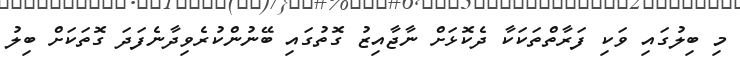
މި ބިލުގައި ވަކި ފަރާތްތަކަކާ ދެކޮޅަށް ނާޖާއިޒު ގޮތުގައި ބޭނުންކުރެވިދާނެފަދަ ގޮތަކަށް ބިލު